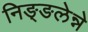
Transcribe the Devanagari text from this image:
निङ्ङलेन्ने